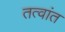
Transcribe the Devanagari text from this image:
तत्वांत